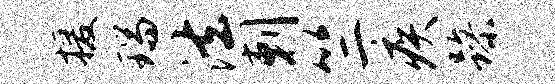
援瑞法剌竺疾躁